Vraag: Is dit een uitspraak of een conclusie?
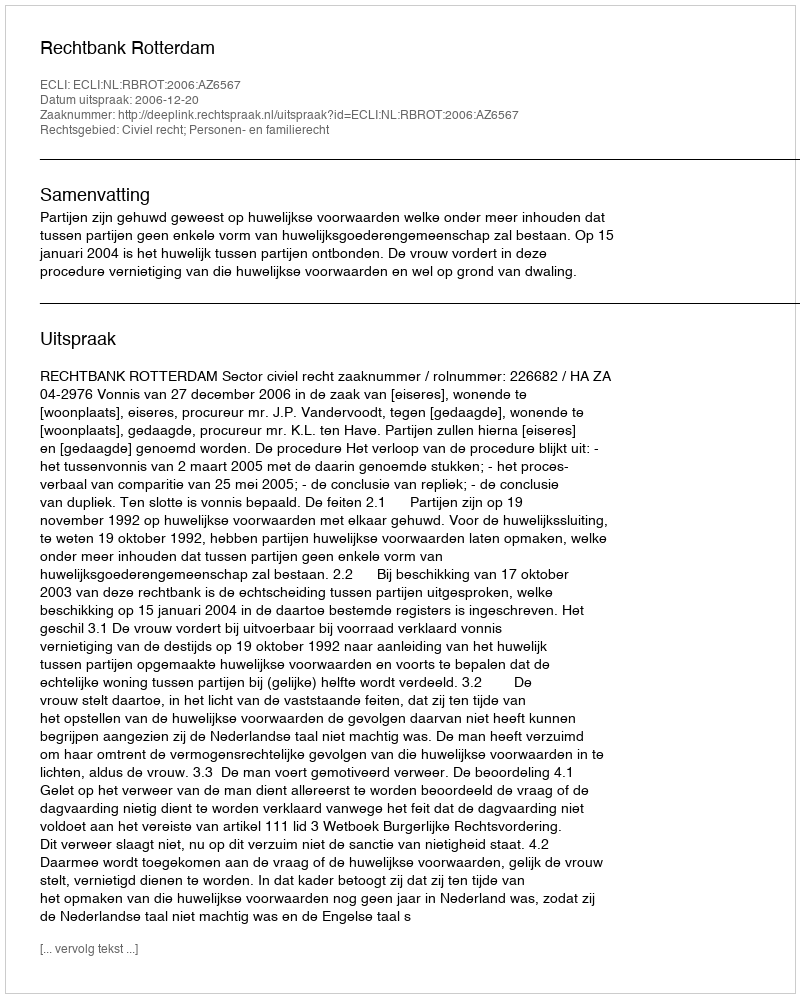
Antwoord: Uitspraak